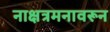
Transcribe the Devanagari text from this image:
नाक्षत्रमनावरून